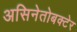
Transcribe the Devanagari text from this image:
असिनेतोबक्टेर